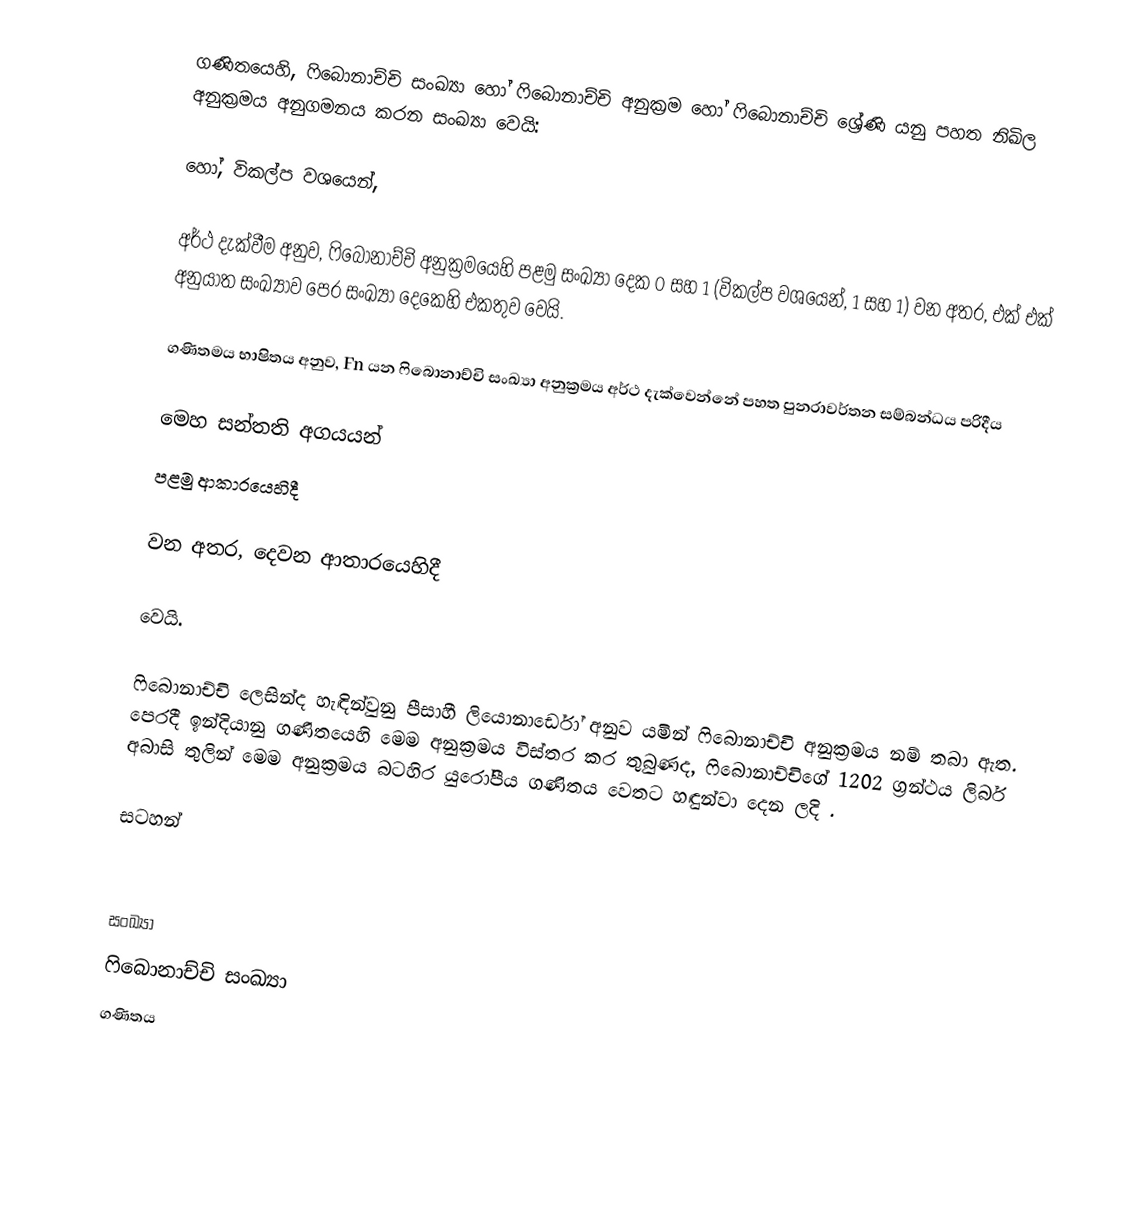
ගණිතයෙහි, ෆිබොනාච්චි සංඛ්‍යා හෝ  ෆිබොනාච්චි අනුක්‍රම හෝ  ෆිබොනාච්චි ශ්‍රේණි යනු පහත  නිඛිල අනුක්‍රමය  අනුගමනය කරන සංඛ්‍යා වෙයි:

හෝ, විකල්ප වශයෙන්,

අර්ථ දැක්වීම අනුව, ෆිබොනාච්චි අනුක්‍රමයෙහි පළමු සංඛ්‍යා දෙක 0 සහ 1 (විකල්ප වශයෙන්, 1 සහ 1) වන අතර, එක් එක් අනුයාත සංඛ්‍යාව පෙර සංඛ්‍යා දෙකෙහි එකතුව වෙයි.

ගණිතමය භාෂිතය අනුව, Fn යන  ෆිබොනාච්චි සංඛ්‍යා අනුක්‍රමය අර්ථ දැක්වෙන්නේ පහත පුනරාවර්තන සම්බන්ධය පරිදීය

මෙහ සන්තති අගයයන්
පළමු ආකාරයෙහිදී

වන අතර, දෙවන ආතාරයෙහිදී

වෙයි.

ෆිබොනාච්චි ලෙසින්ද හැඳින්වුනු පීසාහී ලියොනාර්ඩෝ අනුව යමින් ෆිබොනාච්චි අනුක්‍රමය නම් තබා ඇත. පෙරදී  ඉන්දියානු ගණිතයෙහි මෙම අනුක්‍රමය විස්තර කර තුබුණද, ෆිබොනාච්චිගේ  1202 ග්‍රන්ථය ලිබර් අබාසි තුලින් මෙම අනුක්‍රමය බටහිර යුරෝපීය ගණිතය වෙතට හඳුන්වා දෙන ලදි .

සටහන්

සංඛ්‍යා
ෆිබොනාච්චි සංඛ්‍යා
ගණිතය